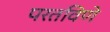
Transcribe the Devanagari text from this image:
परतविणे